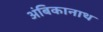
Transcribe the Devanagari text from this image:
अंबिकानाथ